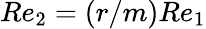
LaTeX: Re_{2}=(r/m)Re_{1}